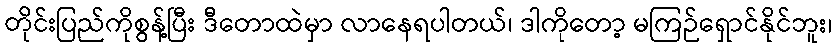
တိုင်းပြည်ကိုစွန့်ပြီး ဒီတောထဲမှာ လာနေရပါတယ်၊ ဒါကိုတော့ မကြဉ်ရှောင်နိုင်ဘူး၊